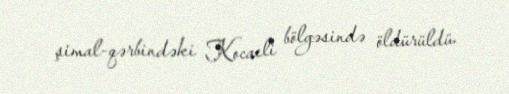
şimal-qərbindəki Kocaeli bölgəsində öldürüldü.